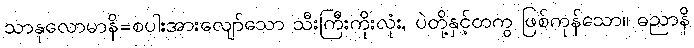
သာနုလောမာနိ=စပါးအားလျော်သော သီးကြီးကိုးလုံး, ပဲတို့နှင့်တကွ ဖြစ်ကုန်သော။ ဓညာနိ